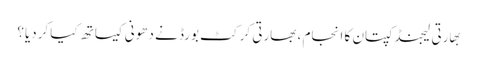
بهارتی لیجنڈ کپتان کا انجام ، بھارتی کرکٹ بورڈ نے دھونی کیساتھ کیا کردیا؟